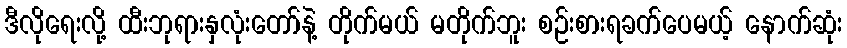
ဒီလိုရေးလို့ ထီးဘုရားနှလုံးတော်နဲ့ တိုက်မယ် မတိုက်ဘူး စဉ်းစားရခက်ပေမယ့် နောက်ဆုံး